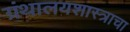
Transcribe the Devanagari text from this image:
ग्रंथालयशास्त्राचा